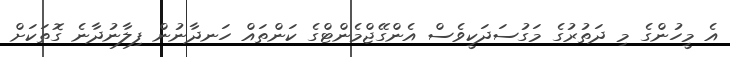
އެ މީހުންގެ މި ދަތުރުގެ މަގުސަދަކީވެސް އެންގޭޖްމެންޓްގެ ކަންތައް ހަނދާނުން ފިލާނުދާނެ ގޮތަކަށް